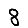
Digit: 8